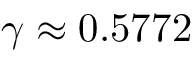
\gamma \approx 0 . 5 7 7 2